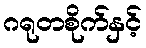
ဂရုတစိုက်နှင့်